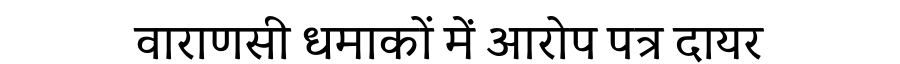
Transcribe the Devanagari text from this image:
वाराणसी धमाकों में आरोप पत्र दायर